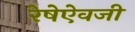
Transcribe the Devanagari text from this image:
रेषेऐवजी